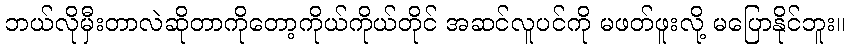
ဘယ်လိုမှီးတာလဲဆိုတာကိုတော့ကိုယ်ကိုယ်တိုင် အဆင်လူပင်ကို မဖတ်ဖူးလို့ မပြောနိုင်ဘူး။